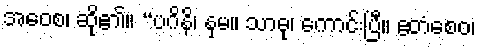
အဝေစ၊ ဆို၏။ “ပဂိနိ၊ နှမ။ သာဓု၊ ကောင်းပြီ။ ဧတံစေဝ၊